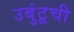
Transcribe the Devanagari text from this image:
उबुंटूची